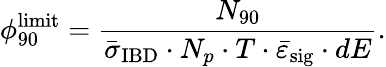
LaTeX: \phi_{\mathrm{90}}^{\mathrm{limit}}=\frac{N_{90}}{\bar{\sigma}_{\mathrm{IBD}}\cdot N_{p}\cdot T\cdot\bar{\varepsilon}_{\mathrm{sig}}\cdot dE}.